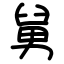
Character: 舅